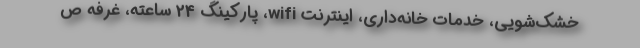
خشک‌شویی، خدمات خانه‌داری، اینترنت wifi، پارکینگ 24 ساعته، غرفه ص